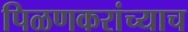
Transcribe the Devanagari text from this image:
पिळणकरांच्याच